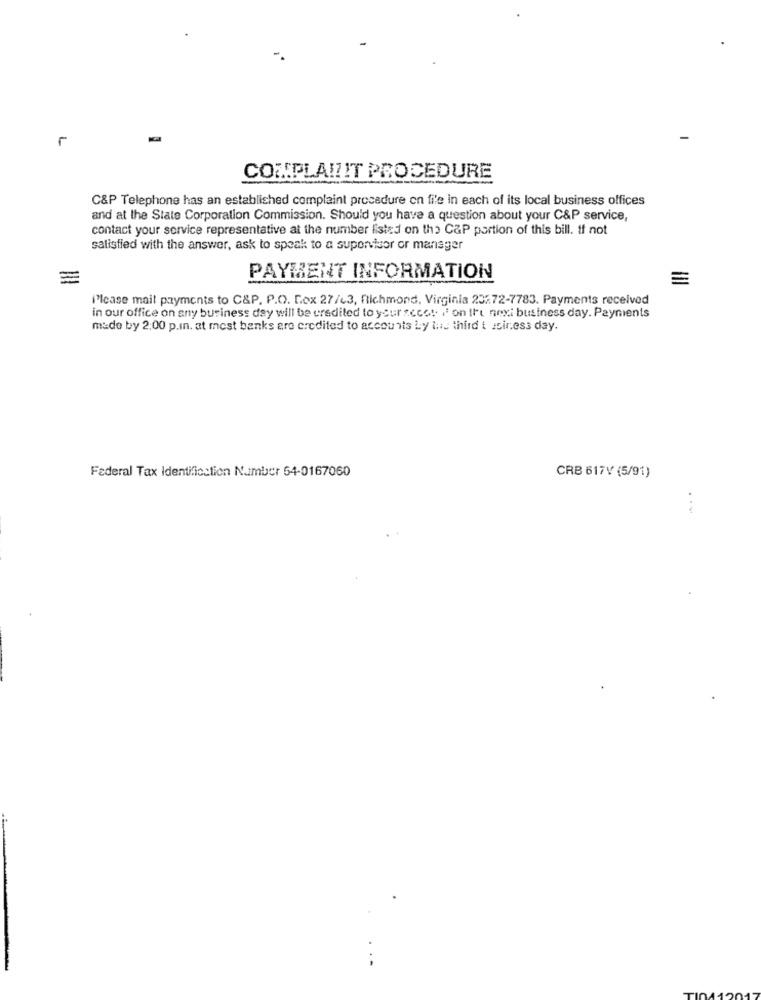
r
COMPLAIZIT PROCEDURE
C&P Telephone has an established complaint procedure on file in each of its local business offices
and at the State Corporation Commission. Should you have a question about your C&P service,
contact your service representative at the number listed on the CAP portion of this bill. if not
satisfied with the answer, ask to speak to a supervisor or manager
PAYMENT INFORMATION
Please mail payments to C&P. P.O. Box 27/43, Richmond, Virginia 235.72-7783. Payments received
in our office on any business day will be credited to your seco! I' on Iri nexi business day. Payments
made by 2:00 p.in. at mest banks are credited to accounts Ly luis third t wiress day.
Federal Tax Identification Number 54-0167060
CRB 617V (5/91)